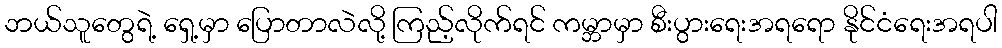
ဘယ်သူတွေရဲ့ ရှေ့မှာ ပြောတာလဲလို့ ကြည့်လိုက်ရင် ကမ္ဘာမှာ စီးပွားရေးအရရော နိုင်ငံရေးအရပါ